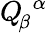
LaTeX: Q_{\! \beta}^{\, \, \alpha}